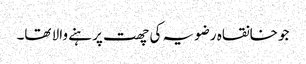
جو خانقاہ رضویہ کی چھت پر ہنے والا تھا۔